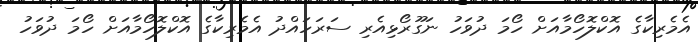
އެމެރިކާގެ އޮކްލޮހޯމާއަށް ހޯމަ ދުވަހު ނަގޫރޯޅިއެރި ސަރަހައްދު އެމެރިކާގެ އޮކްލޮހޯމާއަށް ހޯމަ ދުވަހު